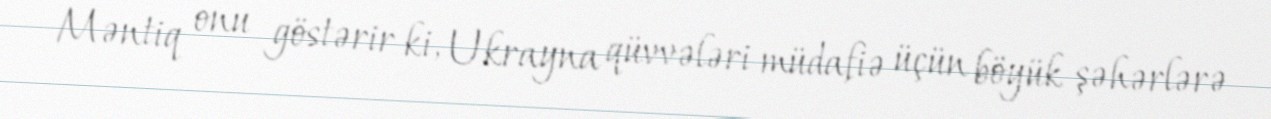
Məntiq onu göstərir ki, Ukrayna qüvvələri müdafiə üçün böyük şəhərlərə